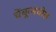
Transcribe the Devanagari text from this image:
चेंबूरमधील